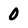
Character: 0